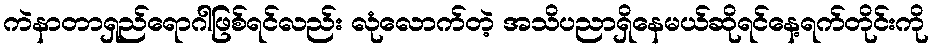
ကဲနာတာရှည်ရောဂါဖြစ်ရင်လည်း လုံလောက်တဲ့ အသိပညာရှိနေမယ်ဆိုရင်နေ့ရက်တိုင်းကို